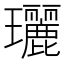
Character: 𤫟